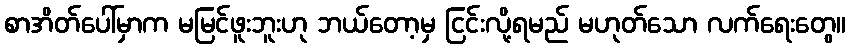
စာအိတ်ပေါ်မှာက မမြင်ဖူးဘူးဟု ဘယ်တော့မှ ငြင်းလို့ရမည် မဟုတ်သော လက်ရေးတွေ။